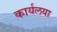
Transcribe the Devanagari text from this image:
कार्यलया